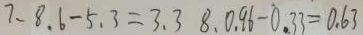
7 、 8 . 6 - 5 . 3 = 3 . 3 8 、 0 . 9 6 - 0 . 3 3 = 0 . 6 3